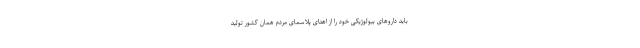
باید داروهای بیولوژیکی خود را از اهدای پلاسمای مردم همان کشور تولید